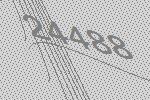
24488